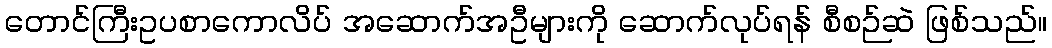
တောင်ကြီးဥပစာကောလိပ် အဆောက်အဦများကို ဆောက်လုပ်ရန် စီစဉ်ဆဲ ဖြစ်သည်။